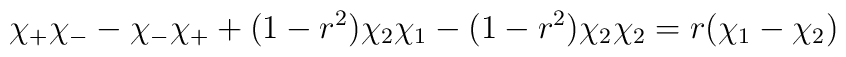
\chi_+ \chi_- - \chi_- \chi_+ + (1-r^2) \chi_2 \chi_1-(1-r^2)\chi_2 \chi_2 = r (\chi_1-\chi_2)